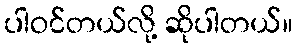
ပါဝင်တယ်လို့ ဆိုပါတယ်။